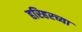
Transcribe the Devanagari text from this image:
हरिहरच्या